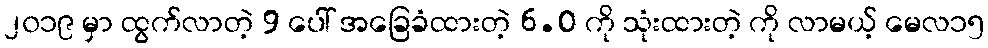
၂၀၁၉ မှာ ထွက်လာတဲ့ 9 ပေါ် အခြေခံထားတဲ့ 6.0 ကို သုံးထားတဲ့ ကို လာမယ့် မေလ၁၅